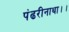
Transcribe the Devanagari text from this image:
पंढरीनाथा।।